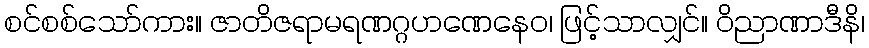
စင်စစ်သော်ကား။ ဇာတိဇရာမရဏဂ္ဂဟဏေနေဝ၊ ဖြင့်သာလျှင်။ ဝိညာဏာဒီနိ၊